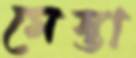
মেস্তা